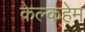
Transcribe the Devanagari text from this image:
केल्कहेम